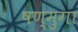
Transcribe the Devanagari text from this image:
षण्मुगा